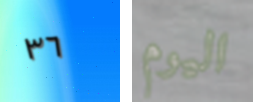
٣٦ اليوم